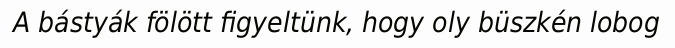
A bástyák fölött figyeltünk, hogy oly büszkén lobog